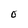
Character: O